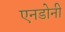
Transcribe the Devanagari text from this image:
एनडोनी